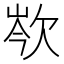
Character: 𣢽